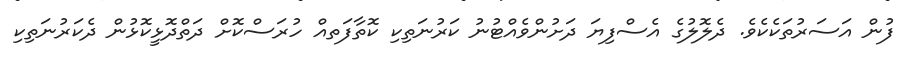
ފުން އަސަރުތަކެކެވެ. ދެލޮލުގެ އެސްފިޔަ ދަށުންވެއްޓުނު ކަރުނަތިކި ކޮތާފަތއް ހުރަސްކޮށް ދަތްދޮޅީކޮޅުން ދެކަރުނަތިކި